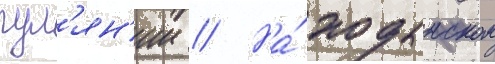
гул'ян'ии // На́ ходынском